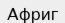
Африг